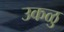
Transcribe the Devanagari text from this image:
उकळु